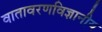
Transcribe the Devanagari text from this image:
वातावरणविज्ञानीय